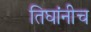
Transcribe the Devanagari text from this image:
तिघांनीच